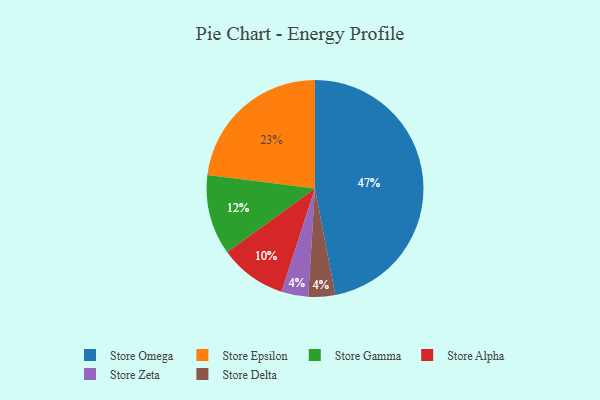
{"axis": {"x": "Category", "y": "Percentage"}, "legend": ["Store Alpha", "Store Delta", "Store Epsilon", "Store Gamma", "Store Omega", "Store Zeta"], "data": [{"x": "Store Epsilon", "y": 23, "type": "Store Epsilon"}, {"x": "Store Omega", "y": 47, "type": "Store Omega"}, {"x": "Store Gamma", "y": 12, "type": "Store Gamma"}, {"x": "Store Zeta", "y": 4, "type": "Store Zeta"}, {"x": "Store Delta", "y": 4, "type": "Store Delta"}, {"x": "Store Alpha", "y": 10, "type": "Store Alpha"}]}